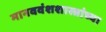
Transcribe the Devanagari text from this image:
मानववंशशास्त्रांच्या